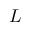
L